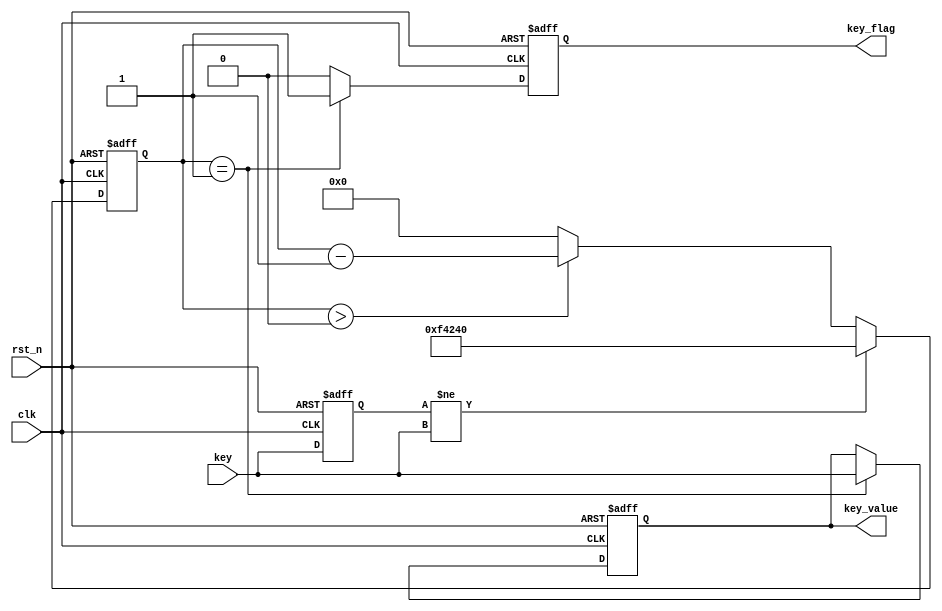
module key_debounce(
    input clk,
    input rst_n,

    input key,
    output reg key_value,
    output reg key_flag
    
);

reg key_reg;
reg [19 : 0]key_cnt; /*20ms 106*/


always @(posedge clk or negedge rst_n) begin
    if(!rst_n) begin
    key_reg <= 1'b1 ;             /**/
    key_cnt <= 20'd0;             /*0*/
	 end
    else begin
        key_reg <= key;          /**/
        if(key_reg != key)       /*key_reg != key*/
		  
           key_cnt <= 20'd1000_000;
        else begin
            if(key_cnt > 20'd0)
            key_cnt <= key_cnt - 1'b1;
            else
            key_cnt <= 20'd0;
           
        end
    end

end


always @(posedge clk or negedge rst_n) begin
     
     if(!rst_n)begin
         key_value <= 1'b1;
         key_flag  <= 1'b0;
     end

     else begin
         if(key_cnt == 1'b1)begin
             key_flag = 1'b1;
             key_value = key;
         end
         else begin
             key_flag <= 1'b0;
             key_value <= key_value;

         end
     end
    
end


endmodule // key_control_beep